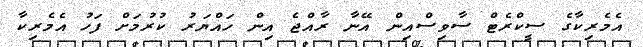
އެމެރިކާގެ ސީކްރެޓް ސާވިސްއިން އޭނާ ރާއްޖެ އިން ހައްޔަރު ކުރުމަށް ފަހު އެމެރިކާ